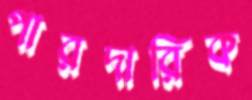
পারদারিক